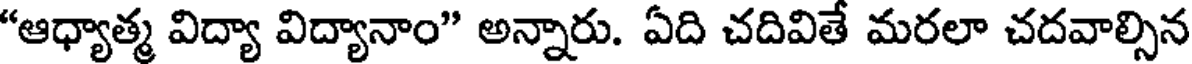
"ఆధ్యాత్మ విద్యా విద్యానాం" అన్నారు. ఏది చదివితే మరలా చదవాల్సిన